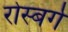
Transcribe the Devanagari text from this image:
रोस्बर्ग